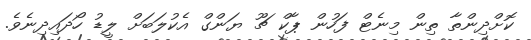
ކޮށްދިންތާ ތިން މިނެޓް ފަހުން ޕާކް ޗޫ ޔަންގް އެކުލަބަށް ލީޑު ހޯދައިދިނެވެ.